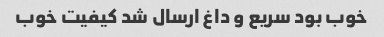
خوب بود سریع و داغ ارسال شد کیفیت خوب